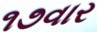
૧૭વાર